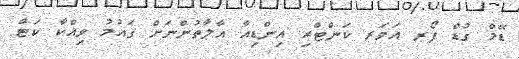
ޑޭމް ގުޑް ފޯރ އަވަރ ކަންޓްރި އިންޑިއާ އާލާތުންނަށް ގައުމު ވިއްކާ ކަޓް